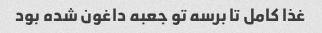
غذا کامل تا برسه تو جعبه داغون شده بود